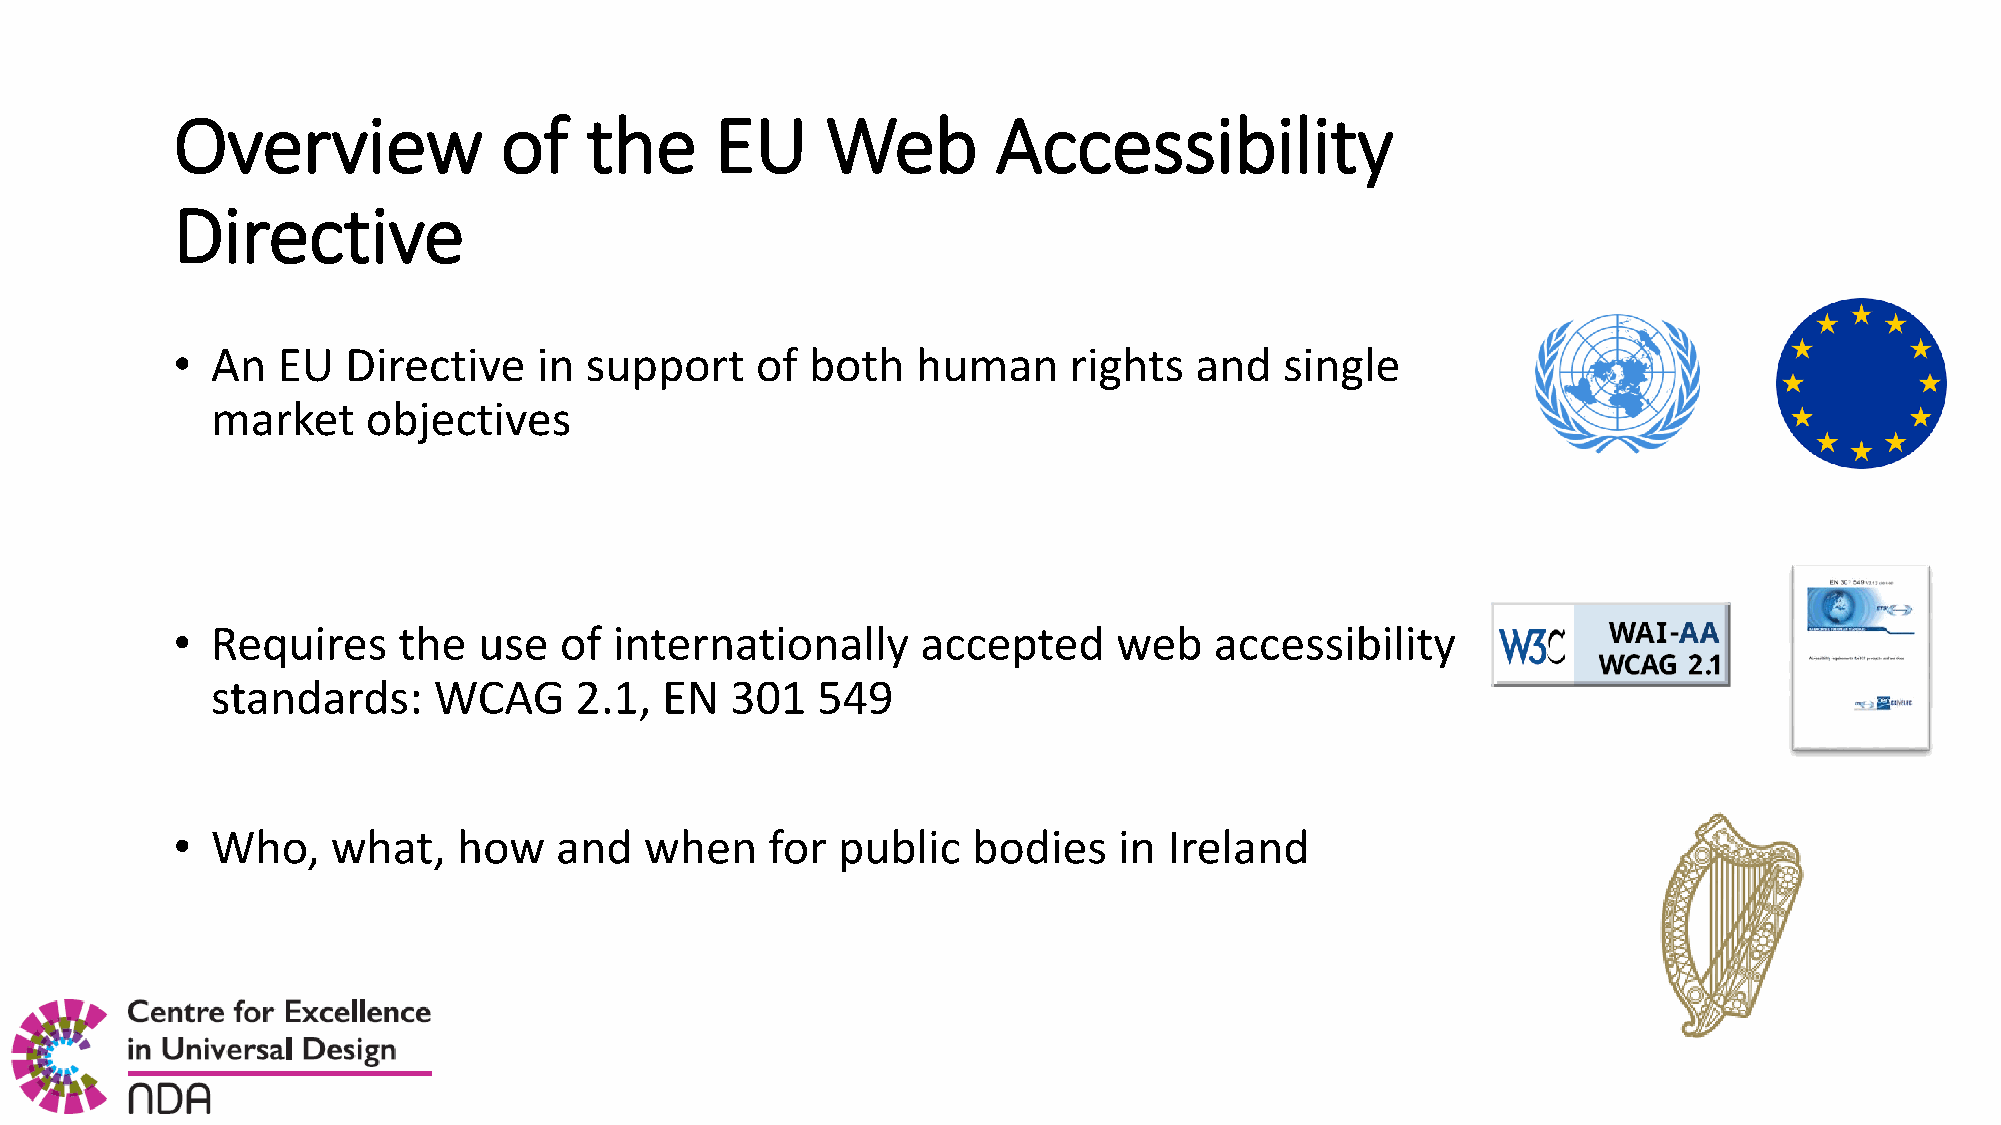
Overview              of    the     EU      Web        Accessibility
 Directive
 ***
 •  An  EU   Directive    in support    of  both   human     rights  and   single                            *      *
 *        *
 market    objectives
 *      *
 ***
 •  Requires    the   use  of  internationally     accepted     web   accessibility      W3C    WAI-AA
 WCAG  2.1
 standards:     WCAG     2.1,  EN  301   549
 a ctMuc
 •  Who,    what,   how    and   when    for public   bodies    in Ireland
 C
 Centre for Excellence
 in Universal Design
 •
 nDA